Indian journal of veterinary science and animal husbandry - Volumes 15-17, 1948-1951
Year: 1948
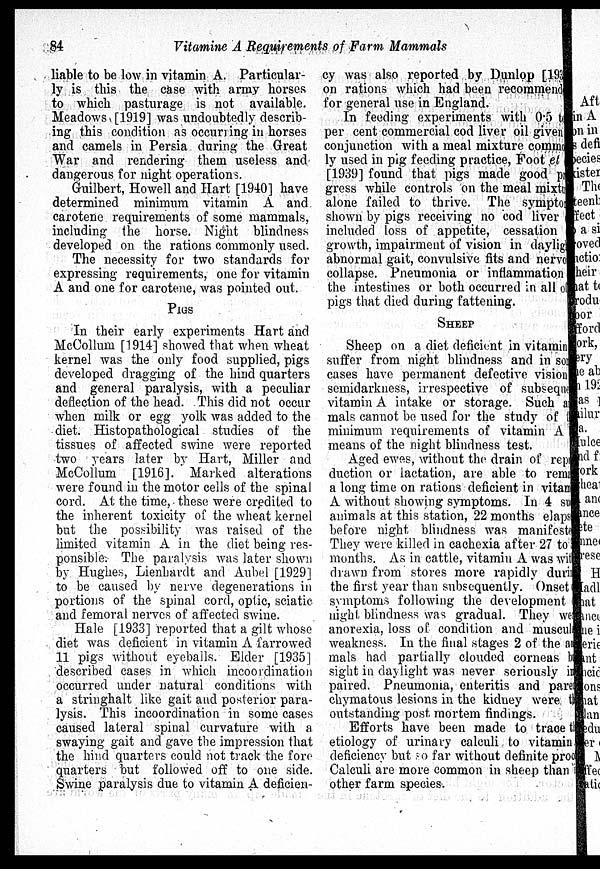
84
Vitamine
A Requirements of Farm Mammals
liable to be low in vitamin A. Particular-
ly is this the case with army horses
to which pasturage is not available.
Meadows [1919] was undoubtedly describ-
ing this condition as occurring in horses
and camels in Persia during the Great
War and rendering them useless and
dangerous for night operations.
Guilbert, Howell and Hart [1940] have
determined minimum vitamin A and
carotene requirements of some mammals,
including the horse. Night blindness
developed on the rations commonly used.
The necessity for two standards for
expressing requirements, one for vitamin
A and one for carotene, was pointed out.
PIGS
In their early experiments Hart and
McCollum [1914] showed that when wheat
kernel was the only food supplied, pigs
developed dragging of the hind quarters
and general paralysis, with a peculiar
deflection of the head. This did not occur
when milk or egg yolk was added to the
diet. Histopathological studies of the
tissues of affected swine were reported
two years later by Hart, Miller and
McCollum [1916]. Marked alterations
were found in the motor cells of the spinal
cord. At the time, these were credited to
the inherent toxicity of the wheat kernel
but the possibility was raised of the
limited vitamin A in the diet being res-
ponsible. The paralysis was later shown
by Hughes, Lienhardt and Aubel [1929]
to be caused by nerve degenerations in
portions of the spinal cord, optic, sciatic
and femoral nerves of affected swine.
Hale [1933] reported that a gilt whose
diet was deficient in vitamin A farrowed
11 pigs without eyeballs. Elder [1935]
described cases in which incoordination
occurred under natural conditions with
a stringhalt like gait and posterior para-
lysis. This incoordination in some cases
caused lateral spinal curvature with a
swaying gait and gave the impression that
the hind quarters could not track the fore
quarters but followed off to one side.
Swine paralysis due to vitamin A deficien-
cy was also reported by Dunlop [193
on rations which had been recommended
for general use in England.
In feeding experiments with 0.5 to
per cent commercial cod liver oil given
conjunction with a meal mixture common
ly used in pig feeding practice, Foot et
[1939] found that pigs made good p
gress while controls on the meal mixture
alone failed to thrive. The symptom
shown by pigs receiving no cod liver
included loss of appetite, cessation
growth, impairment of vision in daylight
abnormal gait, convulsive fits and nervo
collapse. Pneumonia or inflammation
the intestines or both occurred in all of
pigs that died during fattening.
SHEEP
Sheep on a diet deficient in vitamin
suffer from night blindness and in some
cases have permanent defective vision
semidarkness, irrespective of subsequent
vitamin A intake or storage. Such ani
mals cannot be used for the study of the
minimum requirements of vitamin A
means of the night blindness test.
Aged ewes, without the drain of repro
duction or lactation, are able to remain
a long time on rations deficient in vitamin.
A without showing symptoms. In 4 su
animals at this station, 22 months elapsed
before night blindness was manifeste
They were killed in cachexia after 27 to
months. As in cattle, vitamin A was with
drawn from stores more rapidly during
the first year than subsequently. Onset
symptoms following the development
night blindness was gradual. They we
anorexia, loss of condition and muscul
weakness. In the final stages 2 of the ani
mals had partially clouded corneas b
sight in daylight was never seriously in
paired. Pneumonia, enteritis and pare
chymatous lesions in the kidney were the
outstanding post mortem findings.
Efforts have been made to trace t
etiology of urinary calculi to vitamin
deficiency but so far without definite pro
Calculi are more common in sheep than
other farm species.